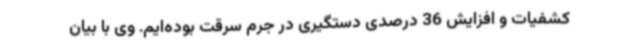
کشفیات و افزایش 36 درصدی دستگیری در جرم سرقت بوده‌ایم. وی با بیان